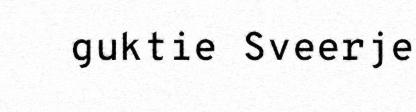
guktie Sveerje